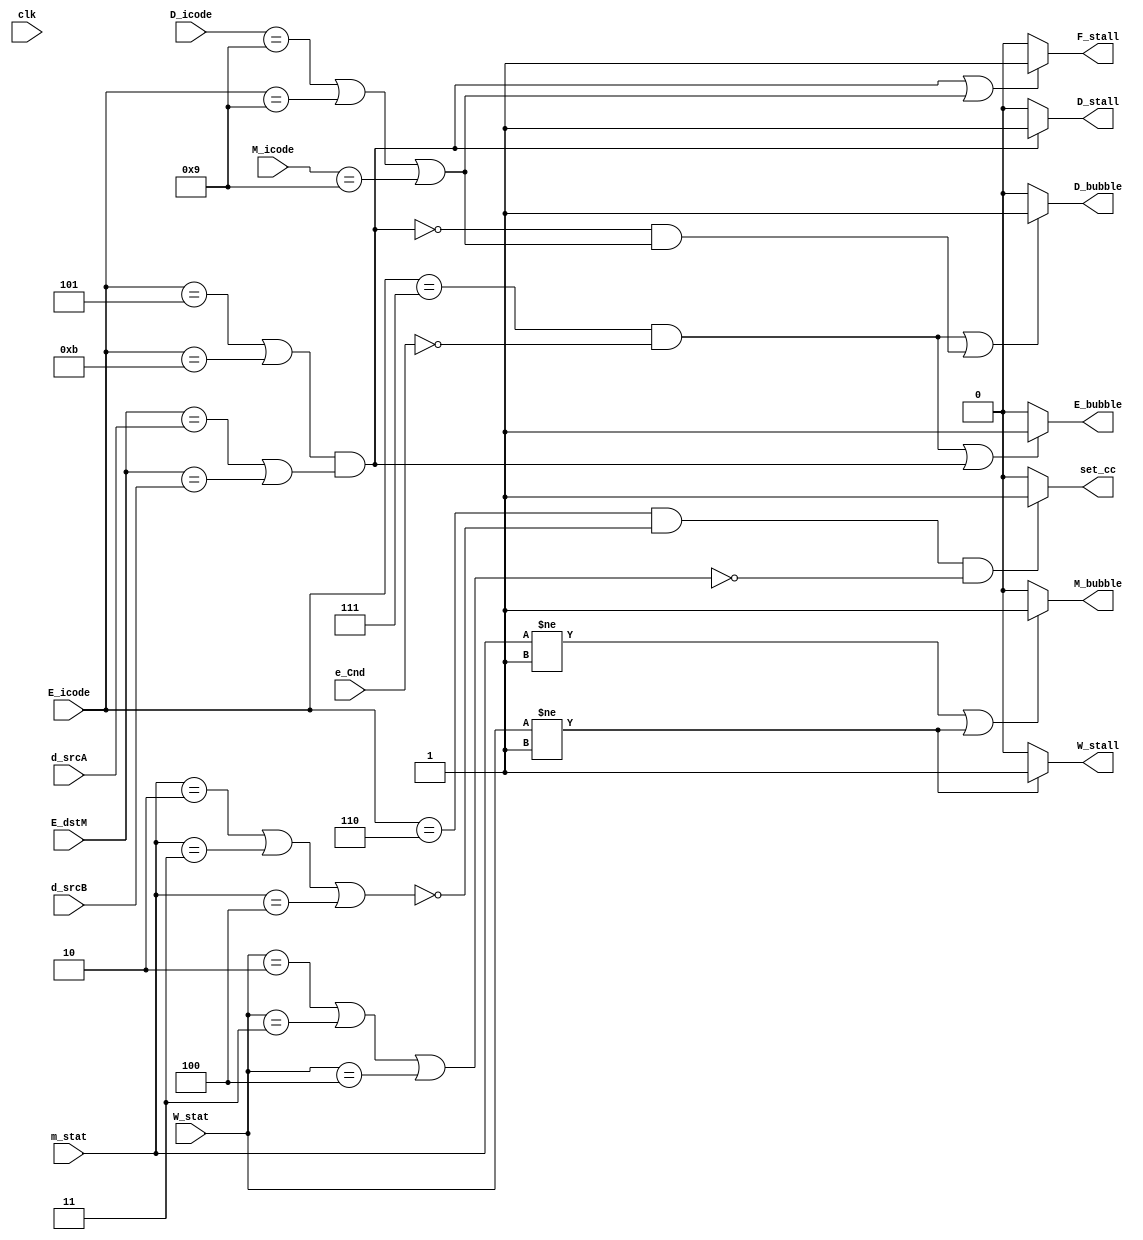
module control(clk,W_stat,m_stat,M_icode,e_Cnd,E_dstM,E_icode,d_srcA,d_srcB,D_icode,W_stall,M_bubble,set_cc,E_bubble,D_bubble,D_stall,F_stall);

input clk;
input [2:0] W_stat,m_stat;
input [3:0] M_icode,E_icode,D_icode;
input e_Cnd;
input [3:0] E_dstM,d_srcA,d_srcB;

output reg W_stall, M_bubble, set_cc, E_bubble, D_bubble, D_stall, F_stall;
initial 
    begin
        F_stall <= 1'b0;
        D_stall <= 1'b0; 
        D_bubble <= 1'b0;
        E_bubble <= 1'b0;
        M_bubble <= 1'b0;
        W_stall <= 1'b0; 
        set_cc <= 1'b0;
    end

always @(*)begin 

    //fstall = 1 for load/use hazard and ret ins
    if((E_icode == 4'h5 || E_icode == 4'hB) &&(E_dstM == d_srcA || E_dstM == d_srcB) || (D_icode == 4'h9 || E_icode == 4'h9 ||M_icode == 4'h9))
    F_stall = 1'b1;
    else
    F_stall = 1'b0;

    //dstall = 1 for load/use
    if((E_icode == 4'h5 || E_icode == 4'hB) &&(E_dstM == d_srcA || E_dstM == d_srcB))
    D_stall= 1'b1;
    else
    D_stall = 1'b0;

    //dbubble = 1 for mispredicted branch, ret but not load use
    if (((E_icode == 4'h7) && !e_Cnd) || (!((E_icode == 4'h5 || E_icode == 4'hb) && (E_dstM == d_srcA || E_dstM == d_srcB)) && (D_icode == 4'h9 || E_icode == 4'h9 || M_icode == 4'h9)))
    D_bubble =1'b1;
    else
    D_bubble = 1'b0;

    //ebubble = 1 if mispredicted or load use hazard
    if (((E_icode == 4'h7) && !e_Cnd) || ((E_icode == 4'h5 || E_icode == 4'hb) && (E_dstM == d_srcA || E_dstM == d_srcB)))
    E_bubble =1'b1;
    else
    E_bubble = 1'b0;   

    //set cc = 1 if m_stat and W_stat = 1
    if(E_icode == 4'h6 && !(m_stat==3'd2 || m_stat == 3'd3 || m_stat==3'd4) && !(W_stat==3'd2 || W_stat == 3'd3 || W_stat==3'd4))
    set_cc = 1'b1;
    else 
    set_cc=1'b0;

    //Mbubble = 1 if m_stat or W_stat not 1
    if(m_stat != 3'd1 || W_stat != 3'd1 )
    M_bubble = 1'b1;
    else 
    M_bubble=1'b0;

    //Wstall = 1 if wstat not 1
    if(W_stat != 3'd1)
    W_stall = 1'b1;
    else
    W_stall=1'b0;


end
endmodule